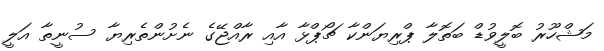
މަޝްހޫރު ބޮލީވުޑް ބަތޮލާ ޕްރިޔަންކާ ޗޯޕްޅާ އާއި ރާއްޖޭގެ ނެށުންތެރިޔާ ސުނީތާ އަލީ